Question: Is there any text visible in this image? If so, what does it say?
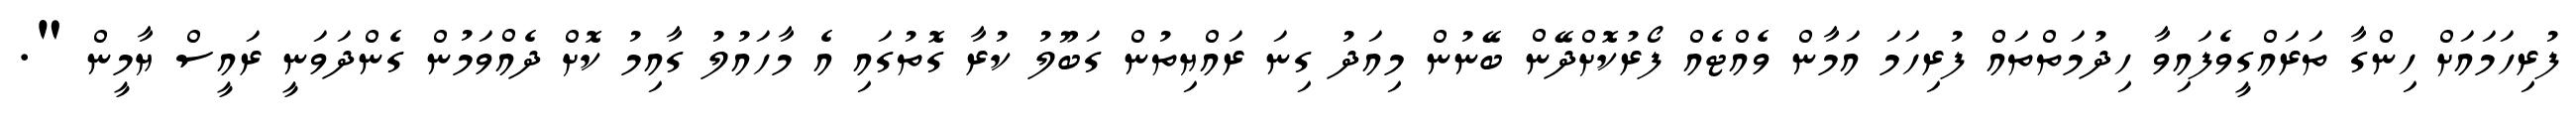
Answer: ފުރިހަމައަށް ހިންގާ ތަރައްގީވެފައިވާ ހިދުމަތްތައް ފުރިހަމަ އަމާން ވެއްޓެއް ފޯރުކޮށްދޭން ބޭނުން މިއަދު ގިނަ ރައްޔިތުން ގަބޫލު ކުރާ ގޮތުގައި އެ މާހައުލު ގާއިމު ކޮށް ދެއްވަމުން ގެންދަވަނީ ރައީސް ޔާމީން ".